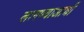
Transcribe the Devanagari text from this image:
लागण्याआधी